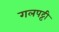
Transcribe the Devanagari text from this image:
गलपट्टी